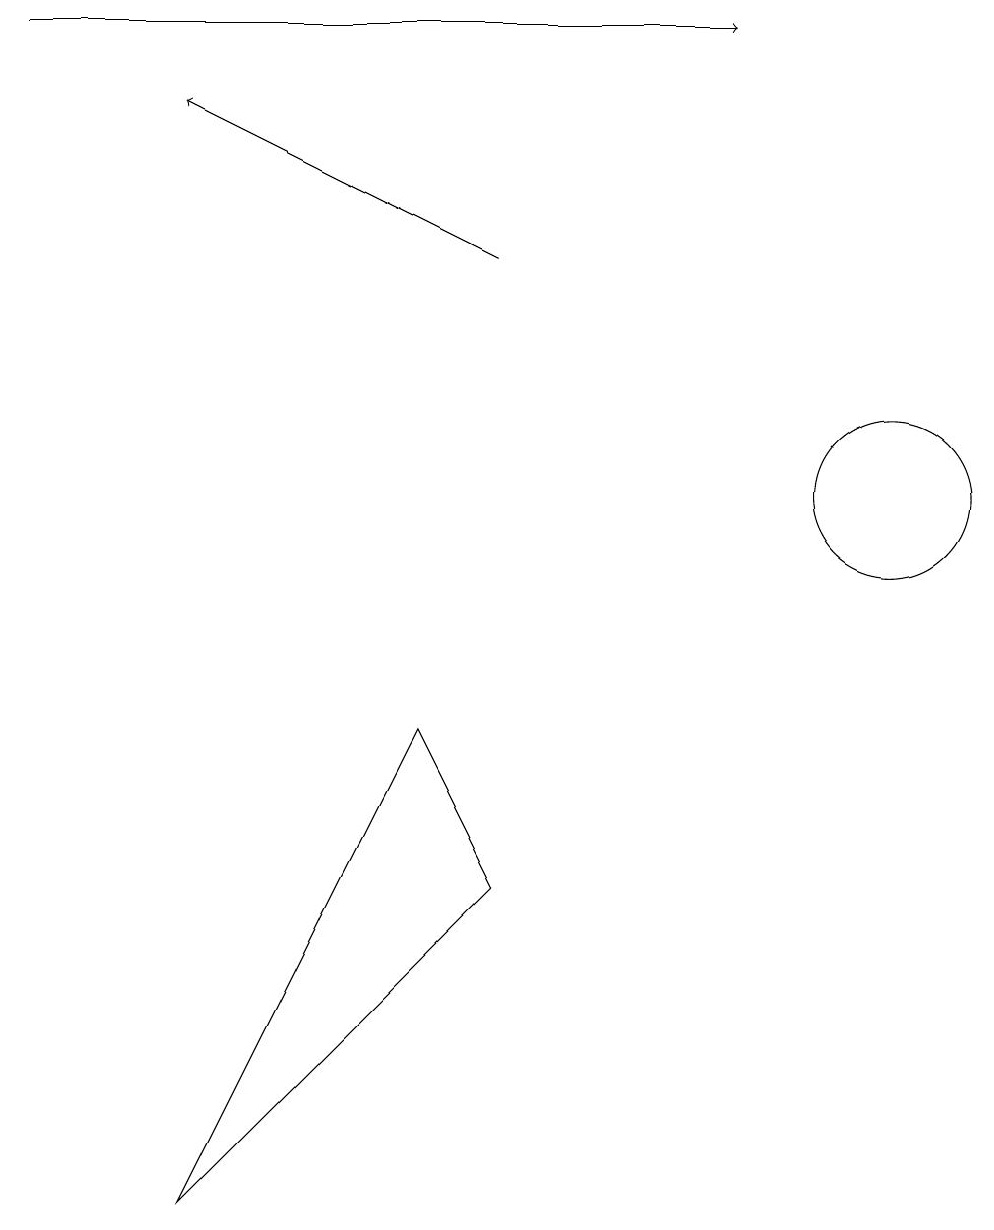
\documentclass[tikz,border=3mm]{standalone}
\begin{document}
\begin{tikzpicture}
\draw (5,7) -- (6,5) -- (2,1) -- cycle;
\draw (11,10) circle (1);
\draw[->] (0,16) -- (9,16);
\draw[->] (6,13) -- (2,15);
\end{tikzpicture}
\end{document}